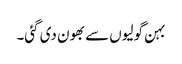
بہن گولیوں سے بھون دی گئی۔